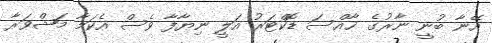
އޭނާ ބުނީ ނާރުގެ ޚާއްސަ ޑޮކްޓަރު އަލީ ނިޔާފާ ވެސް އެކަމާ މަޝްވަރާ